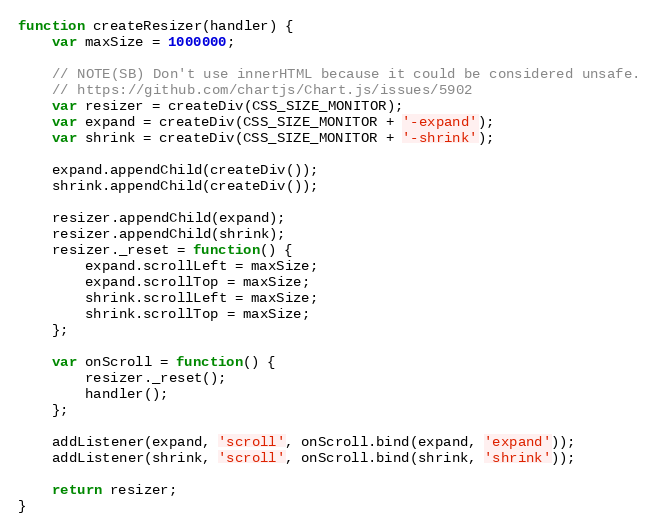
Language: JavaScript
function createResizer(handler) {
	var maxSize = 1000000;

	// NOTE(SB) Don't use innerHTML because it could be considered unsafe.
	// https://github.com/chartjs/Chart.js/issues/5902
	var resizer = createDiv(CSS_SIZE_MONITOR);
	var expand = createDiv(CSS_SIZE_MONITOR + '-expand');
	var shrink = createDiv(CSS_SIZE_MONITOR + '-shrink');

	expand.appendChild(createDiv());
	shrink.appendChild(createDiv());

	resizer.appendChild(expand);
	resizer.appendChild(shrink);
	resizer._reset = function() {
		expand.scrollLeft = maxSize;
		expand.scrollTop = maxSize;
		shrink.scrollLeft = maxSize;
		shrink.scrollTop = maxSize;
	};

	var onScroll = function() {
		resizer._reset();
		handler();
	};

	addListener(expand, 'scroll', onScroll.bind(expand, 'expand'));
	addListener(shrink, 'scroll', onScroll.bind(shrink, 'shrink'));

	return resizer;
}